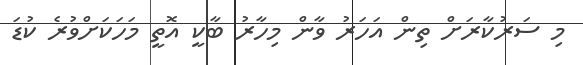
މި ސަރުކާރަށް ތިން އަހަރު ވާން މިހާރު ބާކީ އޮތީ މަހަކަށްވުރެ ކުޑަ